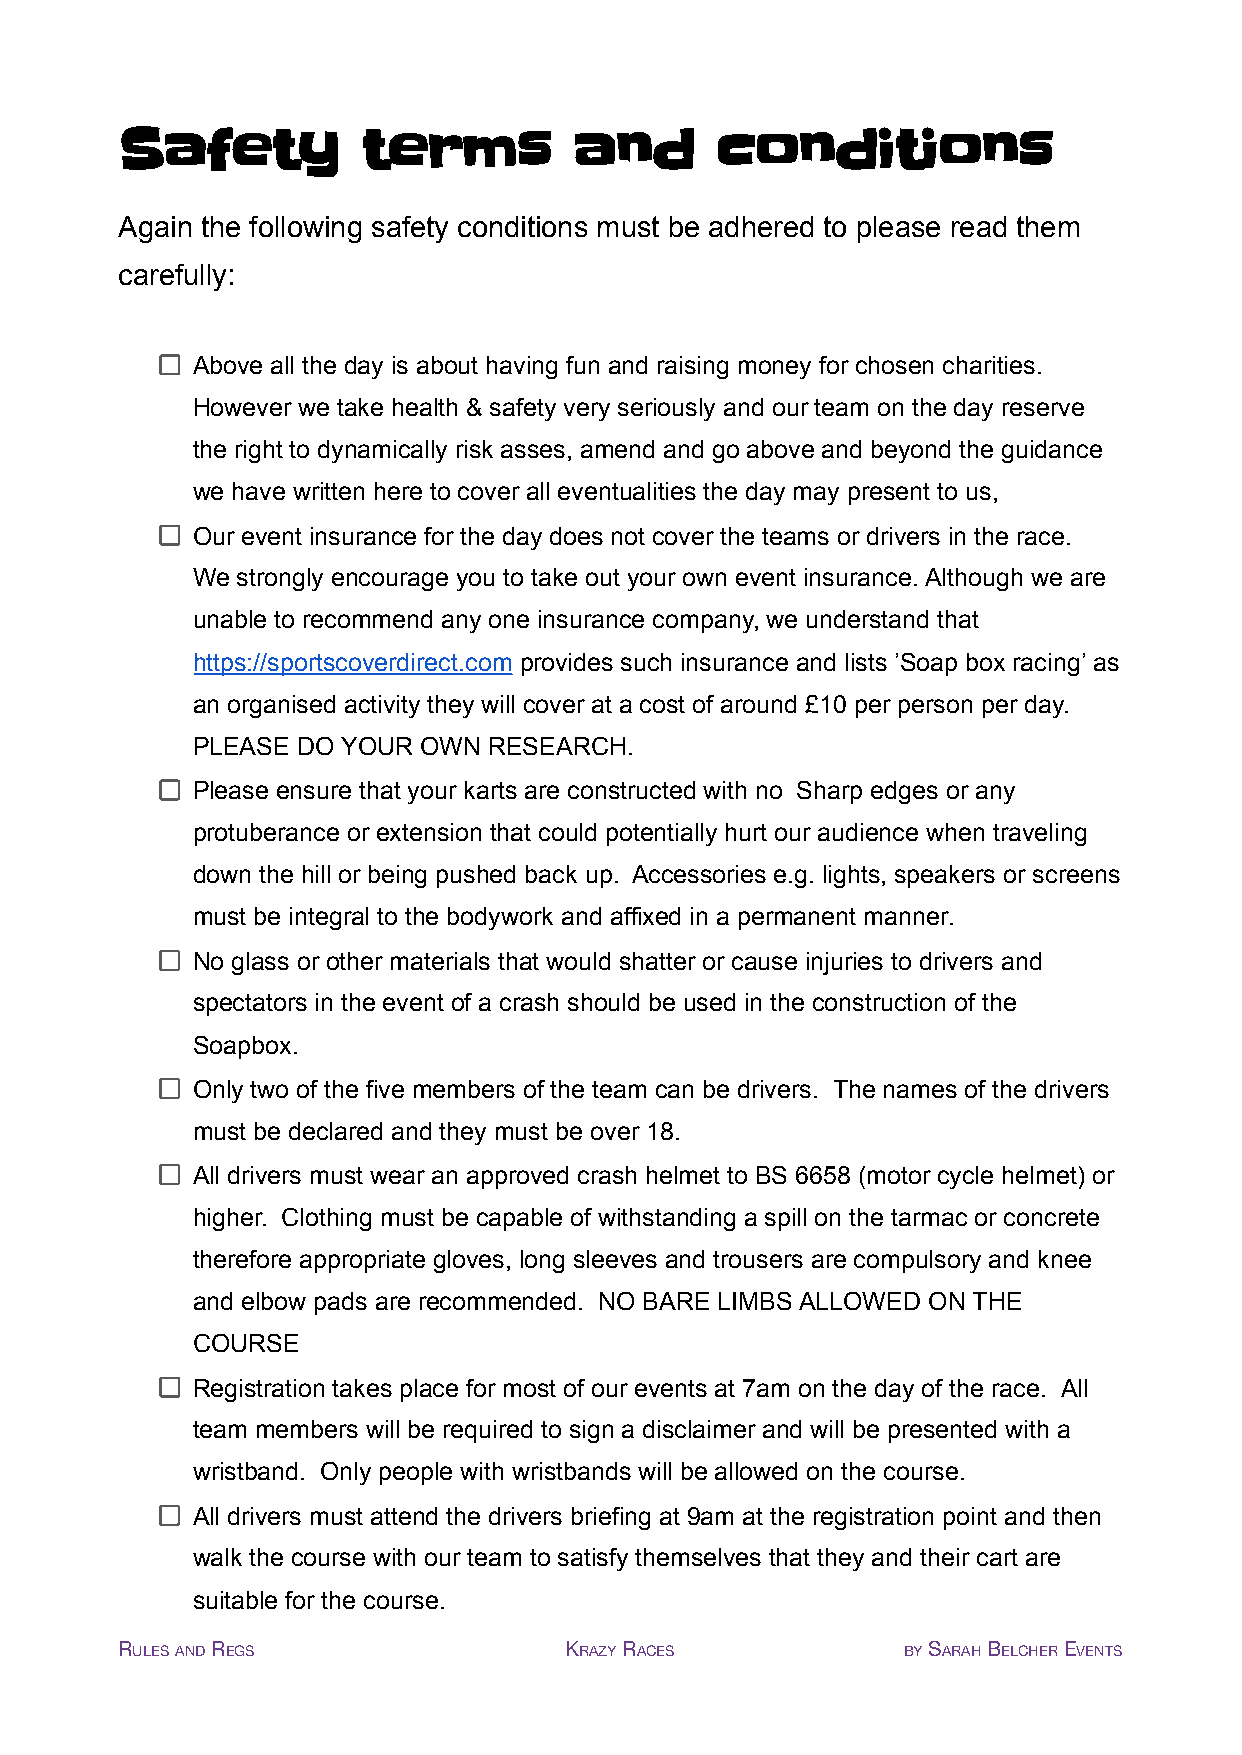
Safety          terms         and      conditions
 Again the following safety conditions must be adhered to please read them
 carefully:
 Above all the day is about having fun and raising money for chosen charities.
 However we take health & safety very seriously and our team on the day reserve
 the right to dynamically risk asses, amend and go above and beyond the guidance
 we have written here to cover all eventualities the day may present to us,
 Our event insurance for the day does not cover the teams or drivers in the race.
 We strongly encourage you to take out your own event insurance. Although we are
 unable to recommend any one insurance company, we understand that
 https://sportscoverdirect.com provides such insurance and lists ’Soap box racing’ as
 an organised activity they will cover at a cost of around £10 per person per day.
 PLEASE DO YOUR OWN RESEARCH.
 Please ensure that your karts are constructed with no Sharp edges or any
 protuberance or extension that could potentially hurt our audience when traveling
 down the hill or being pushed back up. Accessories e.g. lights, speakers or screens
 must be integral to the bodywork and affixed in a permanent manner.
 No glass or other materials that would shatter or cause injuries to drivers and
 spectators in the event of a crash should be used in the construction of the
 Soapbox.
 Only two of the five members of the team can be drivers. The names of the drivers
 must be declared and they must be over 18.
 All drivers must wear an approved crash helmet to BS 6658 (motor cycle helmet) or
 higher. Clothing must be capable of withstanding a spill on the tarmac or concrete
 therefore appropriate gloves, long sleeves and trousers are compulsory and knee
 and elbow pads are recommended. NO BARE LIMBS ALLOWED ON THE
 COURSE
 Registration takes place for most of our events at 7am on the day of the race. All
 team members will be required to sign a disclaimer and will be presented with a
 wristband. Only people with wristbands will be allowed on the course.
 All drivers must attend the drivers briefing at 9am at the registration point and then
 walk the course with our team to satisfy themselves that they and their cart are
 suitable for the course.
 RULESANDREGS                 KRAZYRACES             BYSARAHBELCHEREVENTS